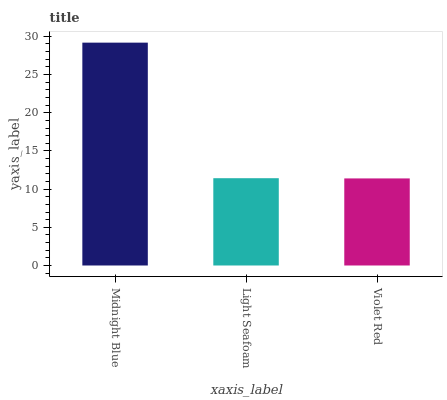
| xaxis_label | bars |
 | --- | --- |
 | Midnight Blue | 29.2 |
 | Light Seafoam | 11.4 |
 | Violet Red | 11.4 |